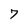
Character: 7